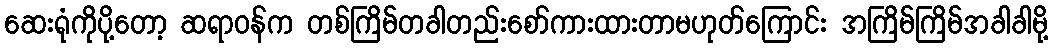
ဆေးရုံကိုပို့တော့ ဆရာဝန်က တစ်ကြိမ်တခါတည်းစော်ကားထားတာမဟုတ်ကြောင်း အကြိမ်ကြိမ်အခါခါမို့